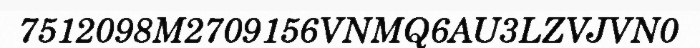
7512098M2709156VNMQ6AU3LZVJVN0